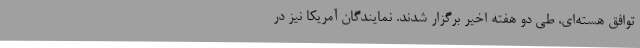
توافق هسته‌ای، طی دو هفته اخیر برگزار شدند. نمایندگان آمریکا نیز در